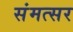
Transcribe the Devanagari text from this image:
संमत्सर